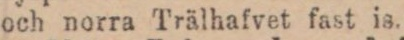
och norra Trälhafvet fast is.